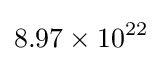
8.97\times 10^{22}